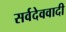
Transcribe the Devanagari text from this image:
सर्वदेववादी